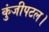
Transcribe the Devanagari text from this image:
कुंजीपटल।